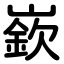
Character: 嶔